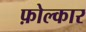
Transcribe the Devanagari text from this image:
फ़ोल्कार